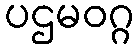
ပဌမဝဂ္ဂ